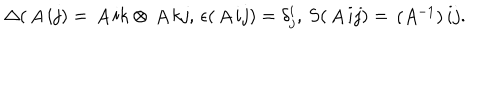
LaTeX: \Delta ( \begin{matrix} { { A } } \\ \end{matrix} { i } { j } ) = \begin{matrix} { { A } } \\ \end{matrix} { i } { k } \otimes \begin{matrix} { { A } } \\ \end{matrix} { k } { j } , \, \epsilon ( \begin{matrix} { { A } } \\ \end{matrix} { i } { j } ) = \delta _ { j } ^ { i } , \, S ( \begin{matrix} { { A } } \\ \end{matrix} { i } { j } ) = \begin{matrix} { { ( A ^ { - 1 } ) } } \\ \end{matrix} { i } { j } .